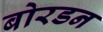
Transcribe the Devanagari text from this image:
बोरडन